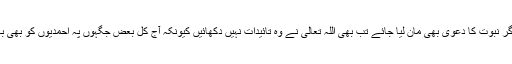
اصل میں اس کا نبوت کا دعویٰ بے شک نہیں تھا لیکن کیونکہ ذکر یہ ہو رہا تھا کہ اگر نبوت کا دعویٰ بھی مان لیا جائے تب بھی اللہ تعالیٰ نے وہ تائیدات نہیں دکھائیں کیونکہ آج کل بعض جگہوں پہ احمدیوں کو بھی بہائیوں کے ساتھ ملایا جاتا ہے اور پھر یہ کہا جاتا ہے کہ یہ دونوں لوگ جھوٹے ہیں۔